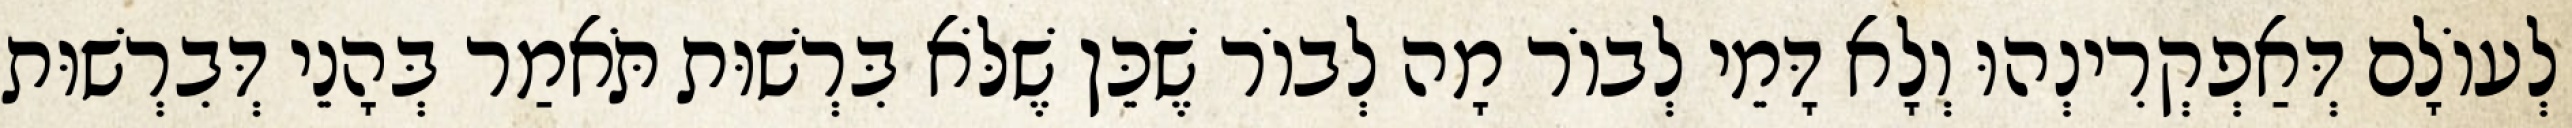
לְעוֹלָם דְּאַפְקְרִינְהוּ וְלָא דָּמֵי לְבוֹר מָה לְבוֹר שֶׁכֵּן שֶׁלֹּא בִּרְשׁוּת תֹּאמַר בְּהָנֵי דְּבִרְשׁוּת